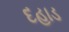
દહાડ